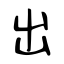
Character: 出